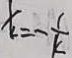
x = - \frac { 1 } { k }